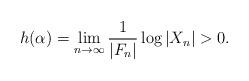
LaTeX: \begin{align*}h(\alpha) =\lim_{n \to \infty}\frac{1}{|F_n|}\log|X_n| >0.\end{align*}